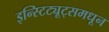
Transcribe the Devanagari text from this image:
इन्स्टिट्यूट्समधून